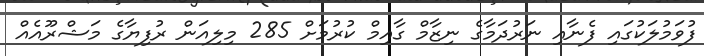
ފުވަމުލަކުގައި ފެނާއި ނަރުދަމާގެ ނިޒާމް ގާއިމް ކުރުމަށް 285 މިލިއަން ރުފިޔާގެ މަޝްރޫއެއްް